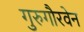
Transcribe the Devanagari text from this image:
गुरुगौरवेन